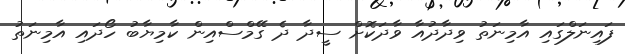
ފައިނަލްގައި އާމިނަތު ވިދާދުއާ ވާދަކޮށް ސީދާ ދެ ގޭމްސްއިން ކާމިޔާބު ހޯދައި އާމިނަތު